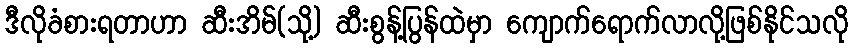
ဒီလိုခံစားရတာဟာ ဆီးအိမ်(သို့) ဆီးစွန့်ပြွန်ထဲမှာ ကျောက်ရောက်လာလို့ဖြစ်နိုင်သလို